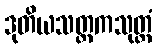
ဒုတိယသတ္တကသုတ္တံ